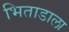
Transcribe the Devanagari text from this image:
भिताडाला